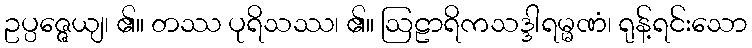
ဥပ္ပဇ္ဇေယျ၊ ၏။ တဿ ပုရိသဿ၊ ၏။ ဩဠာရိကသဒ္ဒါရမ္မဏံ၊ ရုန့်ရင်းသော